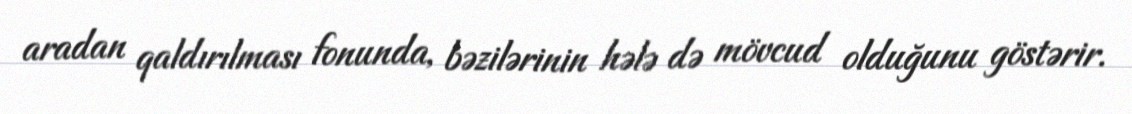
aradan qaldırılması fonunda, bəzilərinin hələ də mövcud olduğunu göstərir.